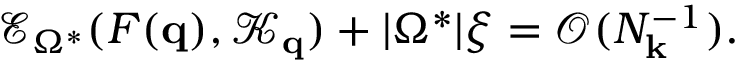
\mathcal { E } _ { \Omega ^ { * } } ( F ( \mathbf { q } ) , \mathcal { K } _ { \mathbf { q } } ) + | \Omega ^ { * } | \xi = \mathcal { O } ( N _ { \mathbf { k } } ^ { - 1 } ) .